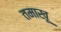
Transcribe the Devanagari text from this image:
तमाखू